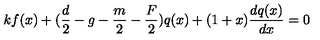
k f ( x ) + ( \frac d 2 - g - \frac m 2 - \frac F 2 ) q ( x ) + ( 1 + x ) \frac { d q ( x ) } { d x } = 0